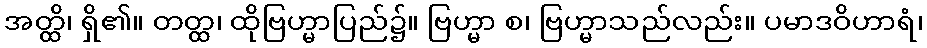
အတ္ထိ၊ ရှိ၏။ တတ္ထ၊ ထိုဗြဟ္မာပြည်၌။ ဗြဟ္မာ စ၊ ဗြဟ္မာသည်လည်း။ ပမာဒဝိဟာရံ၊